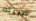
سبيله